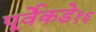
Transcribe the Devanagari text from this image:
पूर्वेकडे१६